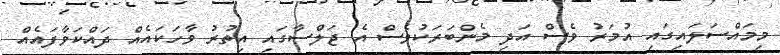
މިމައްސަލައިގައި އުމަރު ވެސް އަދި މެންބަރަކުވެސް އެ ޖަލްސާގައި އިތުރު ވާހަކައެއް ދައްކަވާފައެއް